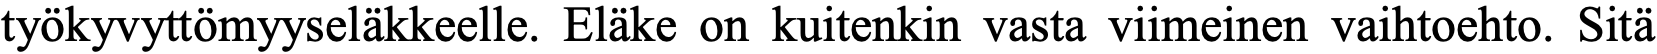
työkyvyttömyyseläkkeelle. Eläke on kuitenkin vasta viimeinen vaihtoehto. Sitä